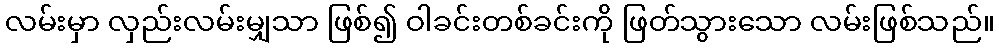
လမ်းမှာ လှည်းလမ်းမျှသာ ဖြစ်၍ ဝါခင်းတစ်ခင်းကို ဖြတ်သွားသော လမ်းဖြစ်သည်။